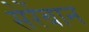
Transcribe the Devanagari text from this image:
सेरेंबान